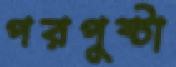
পরপুষ্টা